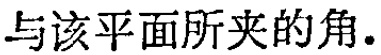
与该平面所夹的角.